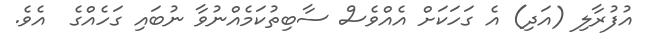
އުފުރާލި (އަދި) އެ ގަހަކަށް އެއްވެސް ސާބިތުކަމެއްނުވާ ނުބައި ގަހެއްގެ  އެވެ.